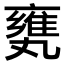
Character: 𠂅